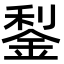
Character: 鋫